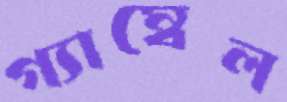
গ্যাম্বেল